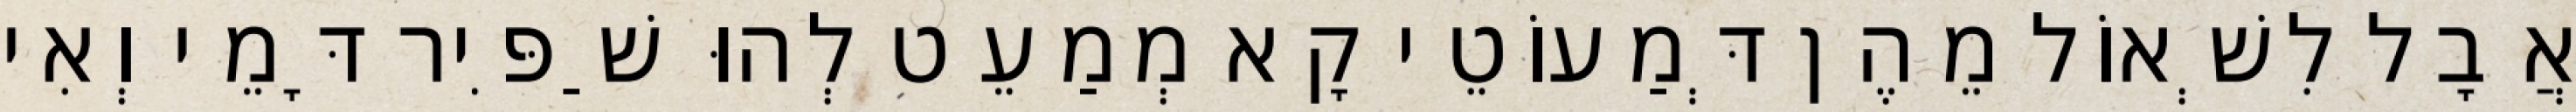
אֲבָל לִשְׁאוֹל מֵהֶן דְּמַעוֹטֵי קָא מְמַעֵט לְהוּ שַׁפִּיר דָּמֵי וְאִי